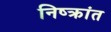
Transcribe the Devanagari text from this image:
निष्क्रांत